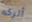
أتركه